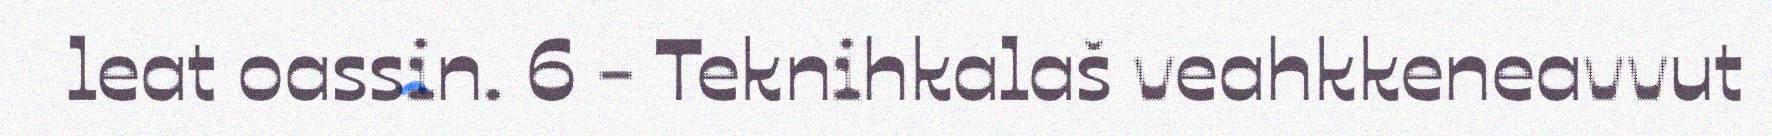
leat oassin. 6 - Teknihkalaš veahkkeneavvut